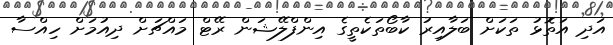
އަދި އަތޮޅު ތަކަށް ބަލާއިރު ކާބޯތަކެތީގެ އިންފްލޭޝަން ރޭޓް މައްޗަށް ދިއުމަށް ހިއްސާ